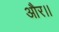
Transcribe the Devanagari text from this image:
और।।